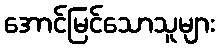
အောင်မြင်သောသူများ